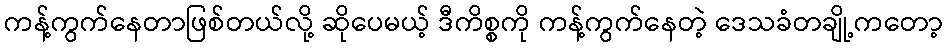
ကန့်ကွက်နေတာဖြစ်တယ်လို့ ဆိုပေမယ့် ဒီကိစ္စကို ကန့်ကွက်နေတဲ့ ဒေသခံတချို့ကတော့